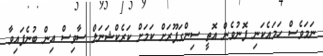
ނަމަވެސް ހަމައެކަނި ފޮނުވެން އޮތީ ސިންގަޕޫރަށް ކަމަށް ކަރެކްޝަނަލް ސާވިސް އިން ބުނެފައިވާ